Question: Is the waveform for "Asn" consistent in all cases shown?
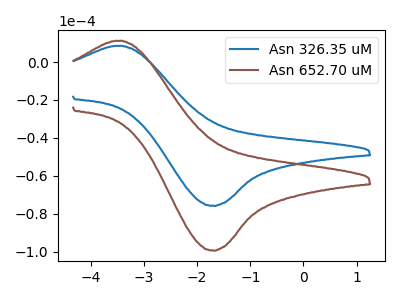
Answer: <think>The blue curve "Asn 326.35 uM" has an anodic peak at (-3.40V, 8.55uA) and a cathodic peak at (-1.75V, -75.80uA). The brown curve "Asn 652.70 uM" has an anodic peak at (-3.40V, 11.20uA) and a cathodic peak at (-1.75V, -99.35uA).
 All the peaks in "Asn 326.35 uM" have a peak in "Asn 652.70 uM" at the same potential. Every peak in "Asn 326.35 uM" is lower than every peak in "Asn 652.70 uM".</think>
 <answer>All the CV's of "Asn" have similar shape.</answer>
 <eval>follow_rule</eval>